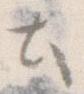
と